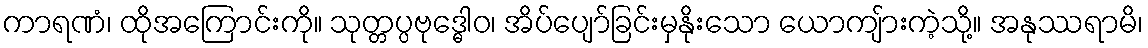
ကာရဏံ၊ ထိုအကြောင်းကို။ သုတ္တပ္ပဗုဒ္ဓေါဝ၊ အိပ်ပျော်ခြင်းမှနိုးသော ယောကျ်ားကဲ့သို့။ အနုဿရာမိ၊